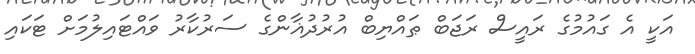
އަކީ އެ ގައުމުގެ ރައީސް ރަޖަބް ޠައްޔިބް އުރުދުޣާންގެ ސަރުކާރު ވައްޓައިލުމަށް ޓަކައި